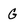
Character: G